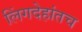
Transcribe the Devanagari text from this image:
लिंगदेहांतच